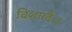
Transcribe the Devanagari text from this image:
विशारदैः॥